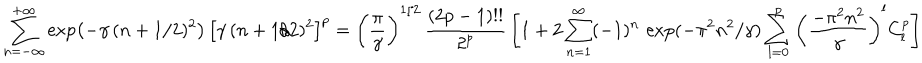
\sum _ { n = - \infty } ^ { + \infty } \exp \left( - \gamma \, ( n + 1 / 2 ) ^ { 2 } \right) \, \left[ \gamma \, ( n + 1 / 2 ) ^ { 2 } \right] ^ { p } = \left( { \frac { \pi } { \gamma } } \right) ^ { 1 / 2 } \, { \frac { ( 2 p - 1 ) ! ! } { 2 ^ { p } } } \left[ 1 + 2 \sum _ { n = 1 } ^ { \infty } ( - 1 ) ^ { n } \, \exp ( - \pi ^ { 2 } n ^ { 2 } / \gamma ) \sum _ { l = 0 } ^ { p } \left( { \frac { - \pi ^ { 2 } n ^ { 2 } } { \gamma } } \right) ^ { l } C _ { l } ^ { p } \right]